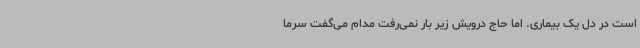
است در دل یک بیماری. اما حاج درویش زیر بار نمی‌رفت مدام می‌گفت سرما